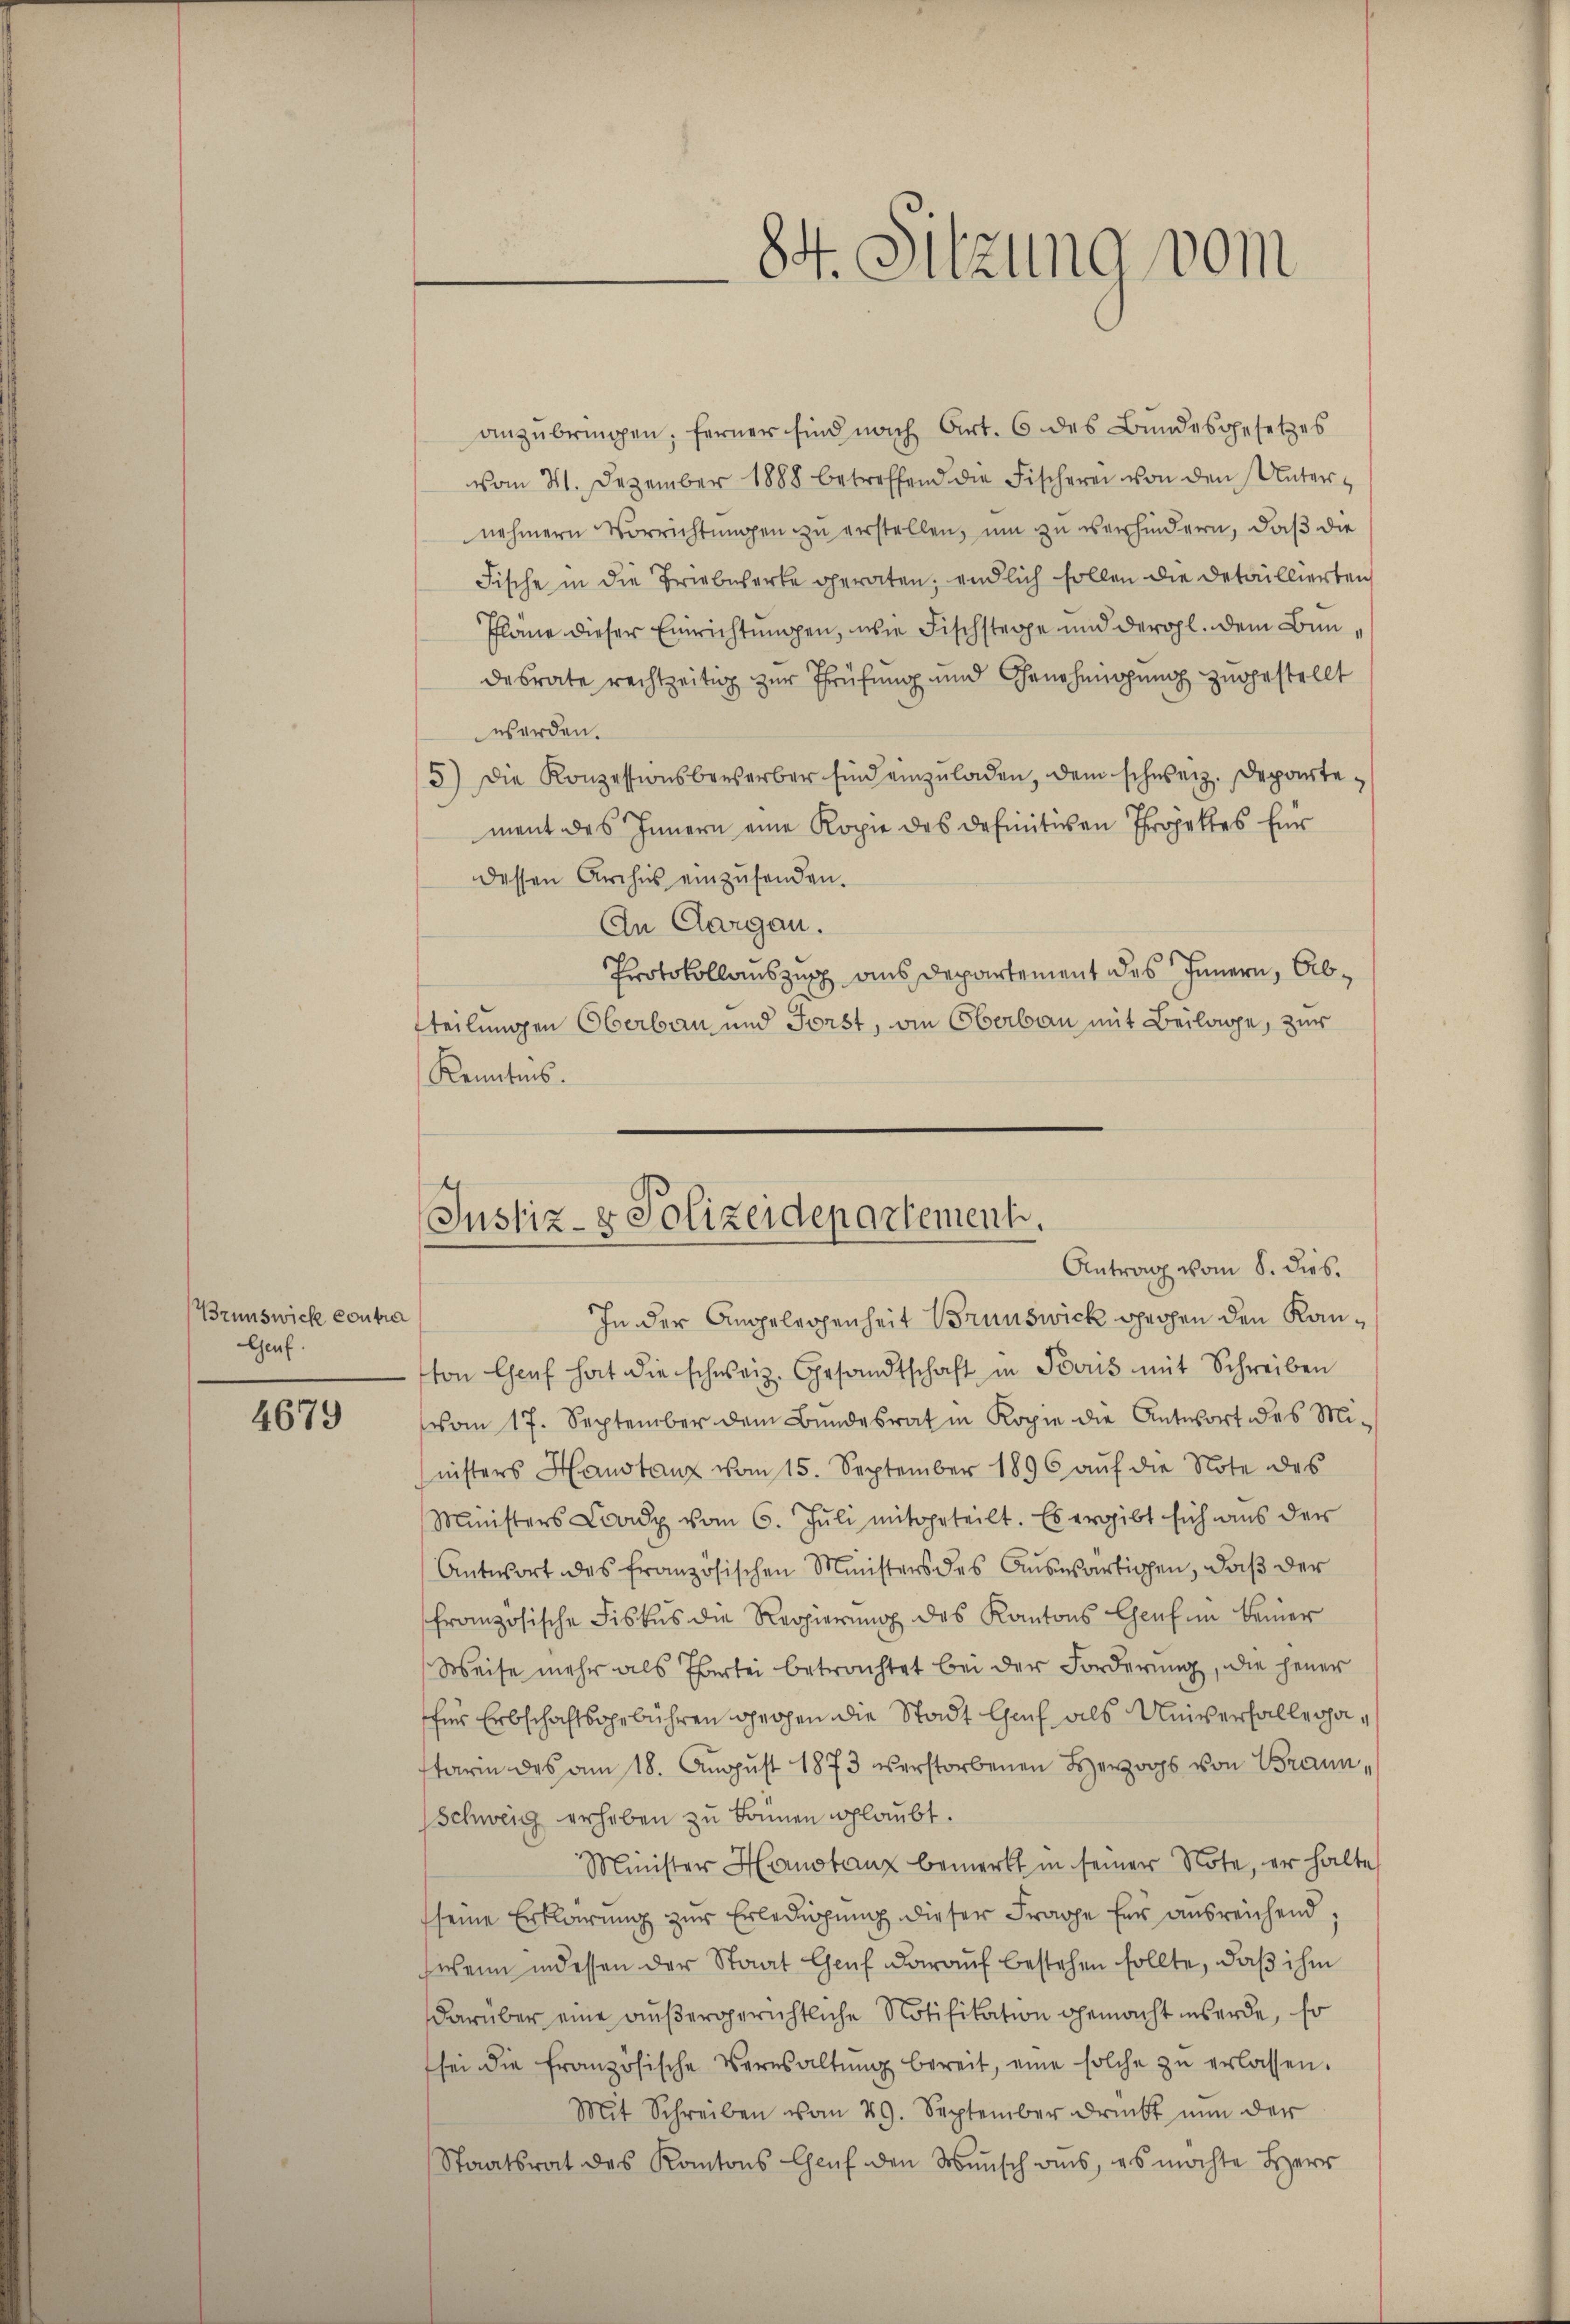
Brunswicke contra
Genf.

4679

84. Sitzung vom

anzŭbringen; ferner sind nach Art. 6 des Bundesgesetzes
vom 31. Dezember 1888 betreffend die Fischerei von den Unternehmern Vorrichtungen zu erstellen, um zu verhindern, daß die
Fische in die Triebwerke geraten; endlich sollen die Detaillierten
Plane dieser Einrichtungen, wie Fischsteppe und derohl. dem Bundesrate rechtzeitig zur Prüfung und Genehmigung zugestellt
werden.
5) Die Konzessionsbewerber sind einzuladen, dem schweiz. Departement des Innern eine Kopie des definitiven Projektes für
dessen Archis einzusenden.
An Aargau.
s
Protokollauszug aus Departement des Innern, Abtteilungen Oberbau und Forst, die Oberbau mit Beilage, zur
Kenntnis.

Justiz- & Polizeidepartement.
Antrag vom 8. dies.

In der Angelegenheit Brunswick gegen den Kanvon Chef hat die schweiz. Gesandtschaft in Paris mit Schreiben
vom 17. September dem Bundesrat in Kopie die Antwort des Mi-
nisters Haustanz vom 15. September 1896 auf die Note des
Ministers Lodz vom 6. Juli mitgeteilt. Es ergibt sich aus der
Antwort des französischen Ministers des Auswärtigen, daß der
französische Fiskus die Regierung des Kantons Genf in keiner
Weise mehr als Partei betrachtet bei der Forderung, die jener
für Erbschaftsgebühren gegen die Stadt Auf als Univerfallegastarin des am 18. Aŭgŭst 1873 verstorbenen Herzogs von Braun,
Schweig erheben zu können glaubt.
Minister Hanstanz bemerkt in seiner Note, er halte
seine Erklärung zur Erledigung dieser Frage für ausreichend,
wenn indessen der Staat Genf darauf bestehen sollte, daß ihm
darüber eine außergerichtliche Notifikation gemacht werde, so
sei die französische Verwaltŭng bereit, eine solche zŭ erlassen.
Mit Schreiben vom 29. September drinkt nŭn der
Staatsrat des Kantons Caŭf den Mensch ans, es möchte Herr